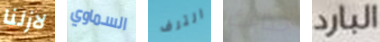
لازلنا السماوي الترف حذاءك البارد